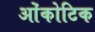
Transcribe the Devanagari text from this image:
ओंकोटिक